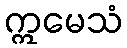
ဣမေသံ